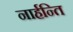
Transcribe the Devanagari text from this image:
नार्हन्ति